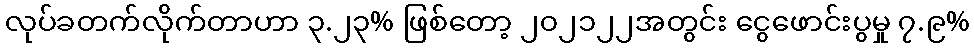
လုပ်ခတက်လိုက်တာဟာ ၃.၂၃% ဖြစ်တော့ ၂၀၂၁၂၂အတွင်း ငွေဖောင်းပွမှု ၇.၉%